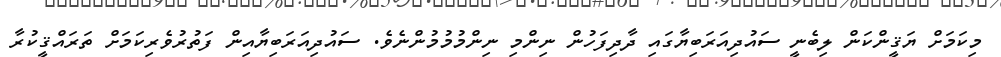
މިކަމަށް ޔަޤީންކަން ލިބެނީ ސައުދިއަރަބިޔާގައި ދާދިފަހުން ނިންމި ނިންމުމުމުންނެވެ. ސައުދިއަރަބިޔާއިން ފަތުރުވެރިކަމަށް ތަރައްޤީކުރާ